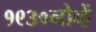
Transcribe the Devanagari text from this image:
१९३०नोव्हें